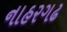
નાહરગઢ